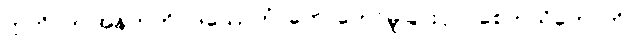
ဣတိ၊ ဤအနက်ကို။ ဒဿေတုံ၊ ဟောတော်မူခြင်းငှာ။ စေတသိကောတိ၊